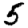
Digit: 5